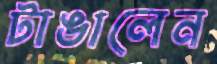
টাঙালেন